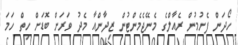
ހޯދަން ފެށުމުން ރެއާލްގެ މެނޭޖެމެންޓުން ޒިދާންއާ މެދު ވަރަށް ބޮޑަށް ހިތް ހަމަ